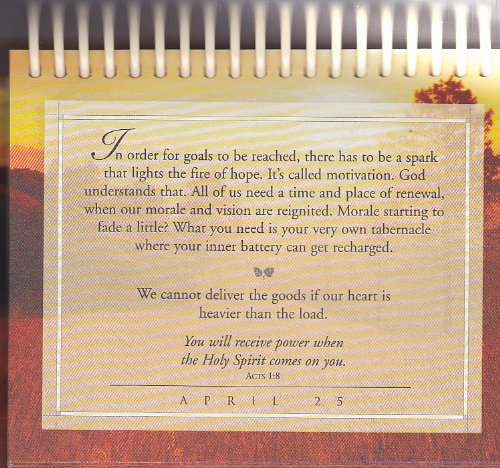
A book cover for Day by Day with Charles Swindoll Day Brightener; Charles R. Swindoll; Calendars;